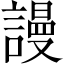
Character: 謾